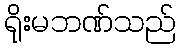
ရိုးမဘဏ်သည်